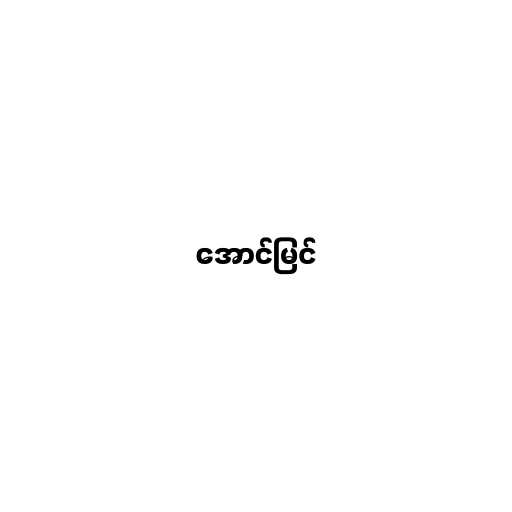
အောင်မြင်